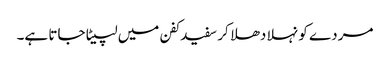
مردے کو نہلا دھلا کر سفید کفن میں لپیٹا جاتا ہے۔